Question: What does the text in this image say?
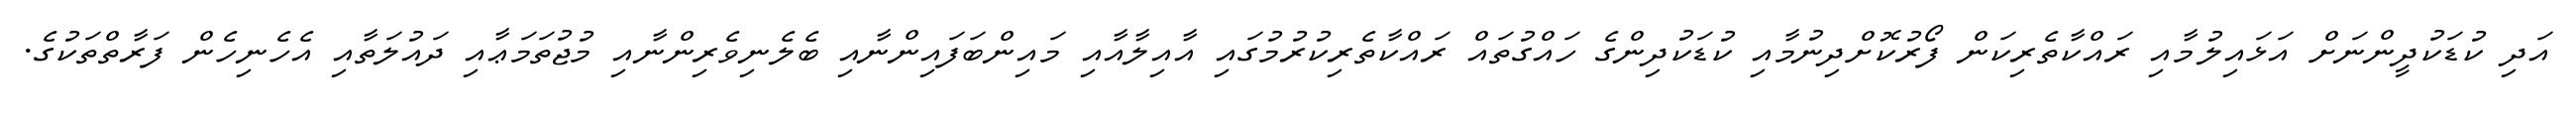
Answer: އަދި ކުޑަކުދީންނަށް އަޅައިލުމާއި ރައްކާތެރިކަން ފޯރުކޮށްދިނުމާއި ކުޑަކުދިންގެ ހައްގުތައް ރައްކާތެރިކުރުމުގައި އާއިލާއާއި މައިންބަފައިންނާއި ބެލެނިވެރިންނާއި މުޖުތަމަޢާއި ދައުލަތާއި އެހެނިހެން ފަރާތްތަކުގެ.